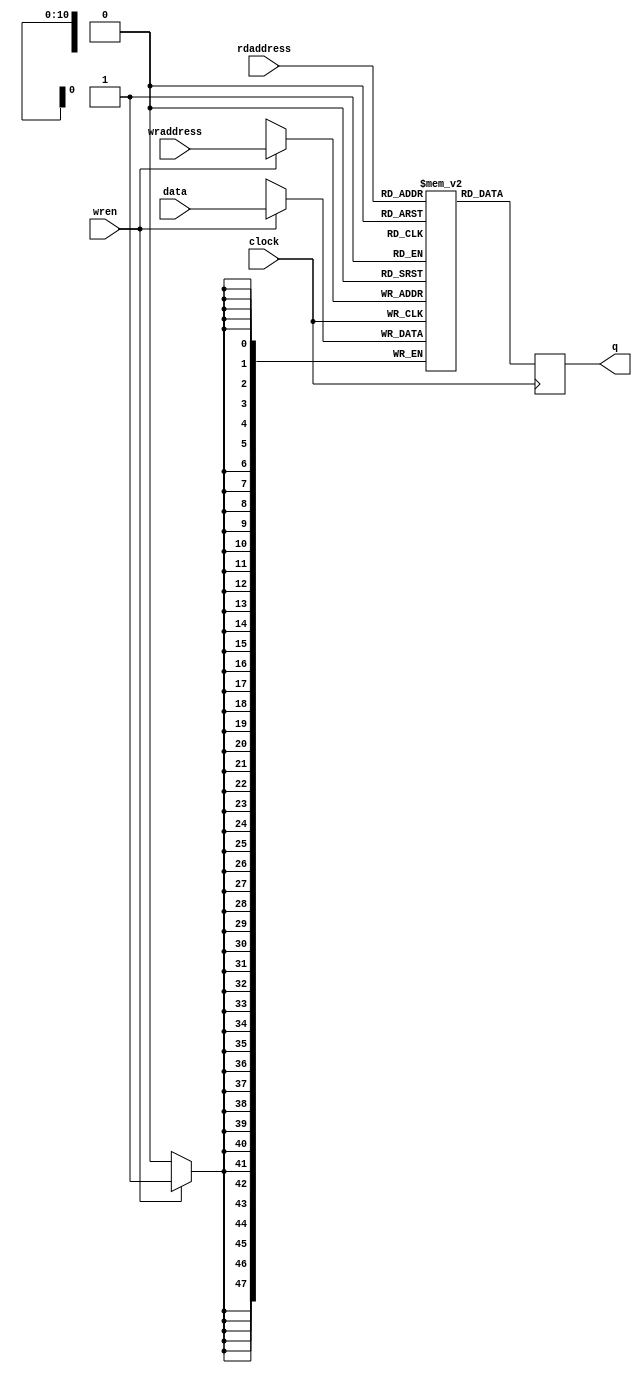
// Verilog Template
// Simple Dual Port RAM with separate read/write addresses and
// single read/write clock

module DualPort_SRAM
#(parameter DATA_WIDTH=48, parameter ADDR_WIDTH=11)
(
	input [(DATA_WIDTH-1):0] data,
	input [(ADDR_WIDTH-1):0] rdaddress, wraddress,
	input wren, clock,
	output reg [(DATA_WIDTH-1):0] q
);

	// Declare the RAM variable
	reg [DATA_WIDTH-1:0] ram[2**ADDR_WIDTH-1:0];

	always @ (posedge clock)
	begin
		// Write
		if (wren)
			ram[wraddress] <= data;

		// Read (if rdaddress == wraddress, return OLD data).	To return
		// NEW data, use = (blocking write) rather than <= (non-blocking write)
		// in the write assignment.	 NOTE: NEW data may require extra bypass
		// logic around the RAM.
		q <= ram[rdaddress];
	end

endmodule